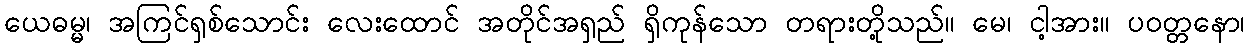
ယေဓမ္မ၊ အကြင်ရှစ်သောင်း လေးထောင် အတိုင်အရှည် ရှိကုန်သော တရားတို့သည်။ မေ၊ ငါ့အား။ ပဝတ္တနော၊